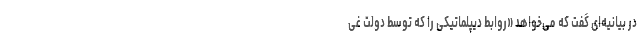
در بیانیه‌ای گفت که می‌خواهد «روابط دیپلماتیکی را که توسط دولت غی